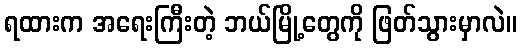
ရထားက အရေးကြီးတဲ့ ဘယ်မြို့တွေကို ဖြတ်သွားမှာလဲ။